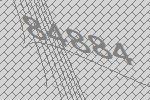
84884